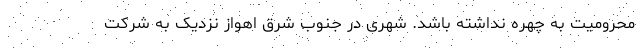
محرومیت به چهره نداشته باشد. شهری در جنوب شرق اهواز نزدیک به شرکت